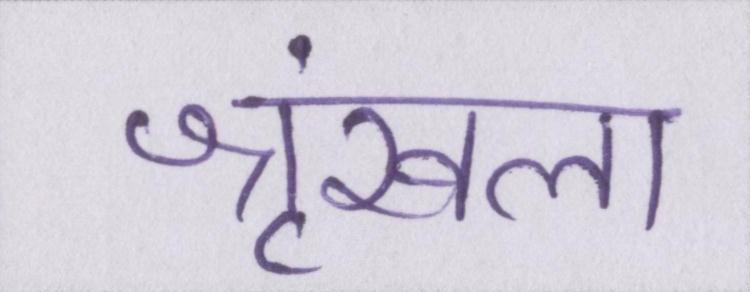
श्रृंखला